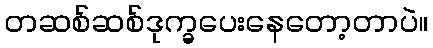
တဆစ်ဆစ်ဒုက္ခပေးနေတော့တာပဲ။